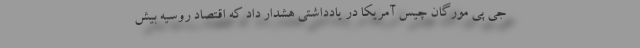
جی پی مورگان چیس آمریکا در یادداشتی هشدار داد که اقتصاد روسیه بیش